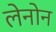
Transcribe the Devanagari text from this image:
लेनोन